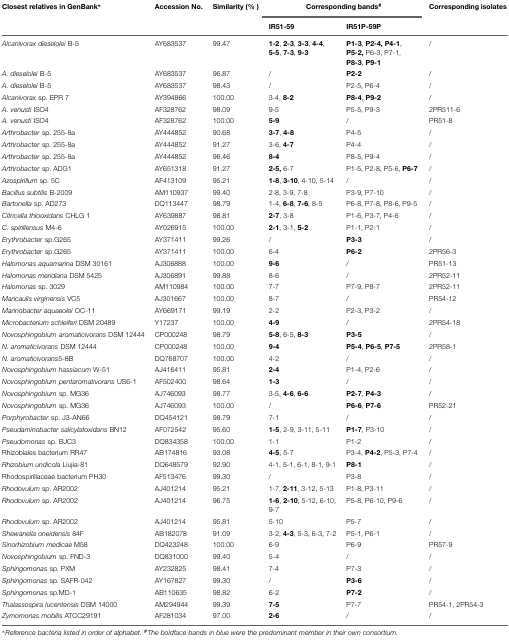
<table><thead><tr><td><b>Closest relatives in GenBank<sup>∗</sup></b></td><td><b>Accession No.</b></td><td><b>Similarity (%)</b></td><td colspan="2"><b>Corresponding bands<sup>#</sup></b></td><td><b>Corresponding isolates</b></td></tr><tr><td></td><td></td><td></td><td><b>IR51-59</b></td><td><b>IR51P-59P</b></td><td></td></tr></thead><tbody><tr><td><i>Alcanivorax dieselolei</i> B-5</td><td>AY683537</td><td>99.47</td><td><b>1-2</b>, <b>2-3</b>, <b>3-3</b>, <b>4-4</b>, <b>5-5</b>, <b>7-3</b>, <b>9-3</b></td><td><b>P1-3</b>, <b>P2-4, P4-1</b>, <b>P5-2,</b> P6-3, P7-1, <b>P8-3</b>, <b>P9-1</b></td><td>/</td></tr><tr><td><i>A. dieselolei</i> B-5</td><td>AY683537</td><td>96.87</td><td>/</td><td><b>P2-2</b></td><td>/</td></tr><tr><td><i>A. dieselolei</i> B-5</td><td>AY683537</td><td>98.43</td><td>/</td><td>P2-5, P6-4</td><td>/</td></tr><tr><td><i>Alcanivorax</i> sp. EPR 7</td><td>AY394866</td><td>100.00</td><td>3-4, <b>8-2</b></td><td><b>P8-4</b>, <b>P9-2</b></td><td>/</td></tr><tr><td><i>A. venusti</i> ISO4</td><td>AF328762</td><td>98.09</td><td>9-5</td><td>P5-5, P9-3</td><td>2PR511-6</td></tr><tr><td><i>A. venusti</i> ISO4</td><td>AF328762</td><td>100.00</td><td><b>5-9</b></td><td>/</td><td>PR51-8</td></tr><tr><td><i>Arthrobacter</i> sp. 255-8a</td><td>AY444852</td><td>90.68</td><td><b>3-7</b>, <b>4-8</b></td><td>P4-5</td><td>/</td></tr><tr><td><i>Arthrobacter</i> sp. 255-8a</td><td>AY444852</td><td>91.27</td><td>3-6, <b>4-7</b></td><td>P4-4</td><td>/</td></tr><tr><td><i>Arthrobacter</i> sp. 255-8a</td><td>AY444852</td><td>96.46</td><td><b>8-4</b></td><td>P8-5, P9-4</td><td>/</td></tr><tr><td><i>Arthrobacter</i> sp. ADG1</td><td>AY651318</td><td>91.27</td><td><b>2-5,</b> 6-7</td><td>P1-5, P2-8, P5-6, <b>P6-7</b></td><td>/</td></tr><tr><td><i>Azospirillum</i> sp. 5C</td><td>AF413109</td><td>95.21</td><td><b>1-8</b>, <b>3-10</b>, 4-10, 5-14</td><td>/</td><td>/</td></tr><tr><td><i>Bacillus subtilis</i> B-2009</td><td>AM110937</td><td>99.40</td><td>2-8, 3-9, 7-8</td><td>P3-9, P7-10</td><td>/</td></tr><tr><td><i>Bartonella</i> sp. AD273</td><td>DQ113447</td><td>98.79</td><td>1-4, <b>6-8</b>, <b>7-6</b>, 8-5</td><td>P6-8, P7-8, P8-6, P9-5</td><td>/</td></tr><tr><td><i>Citricella thiooxidans</i> CHLG 1</td><td>AY639887</td><td>98.81</td><td><b>2-7</b>, 3-8</td><td>P1-6, P3-7, P4-6</td><td>/</td></tr><tr><td><i>C. spirillensus</i> M4-6</td><td>AY026915</td><td>100.00</td><td><b>2-1</b>, 3-1, <b>5-2</b></td><td>P1-1, P2-1</td><td>/</td></tr><tr><td><i>Erythrobacter</i> sp.G265</td><td>AY371411</td><td>99.26</td><td>/</td><td><b>P3-3</b></td><td>/</td></tr><tr><td><i>Erythrobacter</i> sp.G265</td><td>AY371411</td><td>100.00</td><td>6-4</td><td><b>P6-2</b></td><td>2PR56-3</td></tr><tr><td><i>Halomonas aquamarina</i> DSM 30161</td><td>AJ306888</td><td>100.00</td><td><b>9-6</b></td><td>/</td><td>PR51-13</td></tr><tr><td><i>Halomonas meridiana</i> DSM 5425</td><td>AJ306891</td><td>99.88</td><td>8-6</td><td>/</td><td>2PR52-11</td></tr><tr><td><i>Halomonas</i> sp. 3029</td><td>AM110984</td><td>100.00</td><td>7-7</td><td>P7-9, P8-7</td><td>2PR52-11</td></tr><tr><td><i>Maricaulis virginensis</i> VC5</td><td>AJ301667</td><td>100.00</td><td>8-7</td><td>/</td><td>PR54-12</td></tr><tr><td><i>Marinobacter aquaeolei</i> OC-11</td><td>AY669171</td><td>99.19</td><td>2-2</td><td>P2-3, P3-2</td><td>/</td></tr><tr><td><i>Microbacterium schleiferi</i> DSM 20489</td><td>Y17237</td><td>100.00</td><td><b>4-9</b></td><td>/</td><td>2PR54-18</td></tr><tr><td><i>Novosphingobium aromaticivorans</i> DSM 12444</td><td>CP000248</td><td>98.79</td><td><b>5-8</b>, 6-5, <b>8-3</b></td><td><b>P3-5</b></td><td>/</td></tr><tr><td><i>N. aromaticivorans</i> DSM 12444</td><td>CP000248</td><td>100.00</td><td><b>9-4</b></td><td><b>P5-4</b>, <b>P6-5</b>, <b>P7-5</b></td><td>2PR58-1</td></tr><tr><td><i>N. aromaticivorans</i>5-8B</td><td>DQ768707</td><td>100.00</td><td>4-2</td><td>/</td><td>/</td></tr><tr><td><i>Novosphingobium hassiacum</i> W-51</td><td>AJ416411</td><td>95.81</td><td><b>2-4</b></td><td>P1-4, P2-6</td><td>/</td></tr><tr><td><i>Novosphingobium pentaromativorans</i> US6-1</td><td>AF502400</td><td>98.64</td><td><b>1-3</b></td><td>/</td><td>/</td></tr><tr><td><i>Novosphingobium</i> sp. MG36</td><td>AJ746093</td><td>98.77</td><td>3-5, <b>4-6</b>, <b>6-6</b></td><td><b>P2-7</b>, <b>P4-3</b></td><td>/</td></tr><tr><td><i>Novosphingobium</i> sp. MG36</td><td>AJ746093</td><td>100.00</td><td>/</td><td><b>P6-6</b>, <b>P7-6</b></td><td>PR52-21</td></tr><tr><td><i>Porphyrobacter</i> sp. J3-AN66</td><td>DQ454121</td><td>98.79</td><td>7-1</td><td>/</td><td>/</td></tr><tr><td><i>Pseudaminobacter salicylatoxidans</i> BN12</td><td>AF072542</td><td>95.60</td><td><b>1-5</b>, 2-9, 3-11, 5-11</td><td><b>P1-7</b>, P3-10</td><td>/</td></tr><tr><td><i>Pseudomonas</i> sp. BJC3</td><td>DQ834358</td><td>100.00</td><td>1-1</td><td>P1-2</td><td>/</td></tr><tr><td>Rhizobiales bacterium RR47</td><td>AB174816</td><td>93.08</td><td><b>4-5</b>, 5-7</td><td>P3-4, <b>P4-2</b>, P5-3, P7-4</td><td>/</td></tr><tr><td><i>Rhizobium undicola</i> Liujia-81</td><td>DQ648579</td><td>92.90</td><td>4-1, 5-1, 6-1, 8-1, 9-1</td><td><b>P8-1</b></td><td>/</td></tr><tr><td>Rhodospirillaceae bacterium PH30</td><td>AF513476</td><td>99.30</td><td>/</td><td>P3-8</td><td>/</td></tr><tr><td><i>Rhodovulum</i> sp. AR2002</td><td>AJ401214</td><td>95.21</td><td>1-7, <b>2-11</b>, 3-12, 5-13</td><td>P1-8, P3-11</td><td>/</td></tr><tr><td><i>Rhodovulum</i> sp. AR2002</td><td>AJ401214</td><td>96.75</td><td><b>1-6</b>, <b>2-10</b>, 5-12, 6-10, 9-7</td><td>P5-8, P6-10, P9-6</td><td>/</td></tr><tr><td><i>Rhodovulum</i> sp. AR2002</td><td>AJ401214</td><td>95.81</td><td>5-10</td><td>P5-7</td><td>/</td></tr><tr><td><i>Shewanella oneidensis</i> 84F</td><td>AB182078</td><td>91.09</td><td>3-2, <b>4-3</b>, 5-3, 6-3, 7-2</td><td>P5-1, P6-1</td><td>/</td></tr><tr><td><i>Sinorhizobium medicae</i> M58</td><td>DQ423248</td><td>100.00</td><td>6-9</td><td>P6-9</td><td>PR57-9</td></tr><tr><td><i>Novosphingobium</i> sp. FND-3</td><td>DQ831000</td><td>99.40</td><td>5-4</td><td>/</td><td>/</td></tr><tr><td><i>Sphingomonas</i> sp. PXM</td><td>AY232825</td><td>98.41</td><td>7-4</td><td>P7-3</td><td>/</td></tr><tr><td><i>Sphingomonas</i> sp. SAFR-042</td><td>AY167827</td><td>99.30</td><td>/</td><td><b>P3-6</b></td><td>/</td></tr><tr><td><i>Sphingomonas</i> sp.MD-1</td><td>AB110635</td><td>98.82</td><td>6-2</td><td><b>P7-2</b></td><td>/</td></tr><tr><td><i>Thalassospira lucentensis</i> DSM 14000</td><td>AM294944</td><td>99.39</td><td><b>7-5</b></td><td>P7-7</td><td>PR54-1, 2PR54-3</td></tr><tr><td><i>Zymomonas mobilis</i> ATCC29191</td><td>AF281034</td><td>97.00</td><td><b>2-6</b></td><td>/</td><td>/</td></tr></tbody></table>